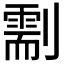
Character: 𠟺